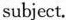
subject.